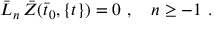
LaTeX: { \bar { L } } _ { n } \, { \bar { Z } } ( { \bar { t } } _ { 0 } , \{ t \} ) = 0 \ , \quad n \ge - 1 \ .